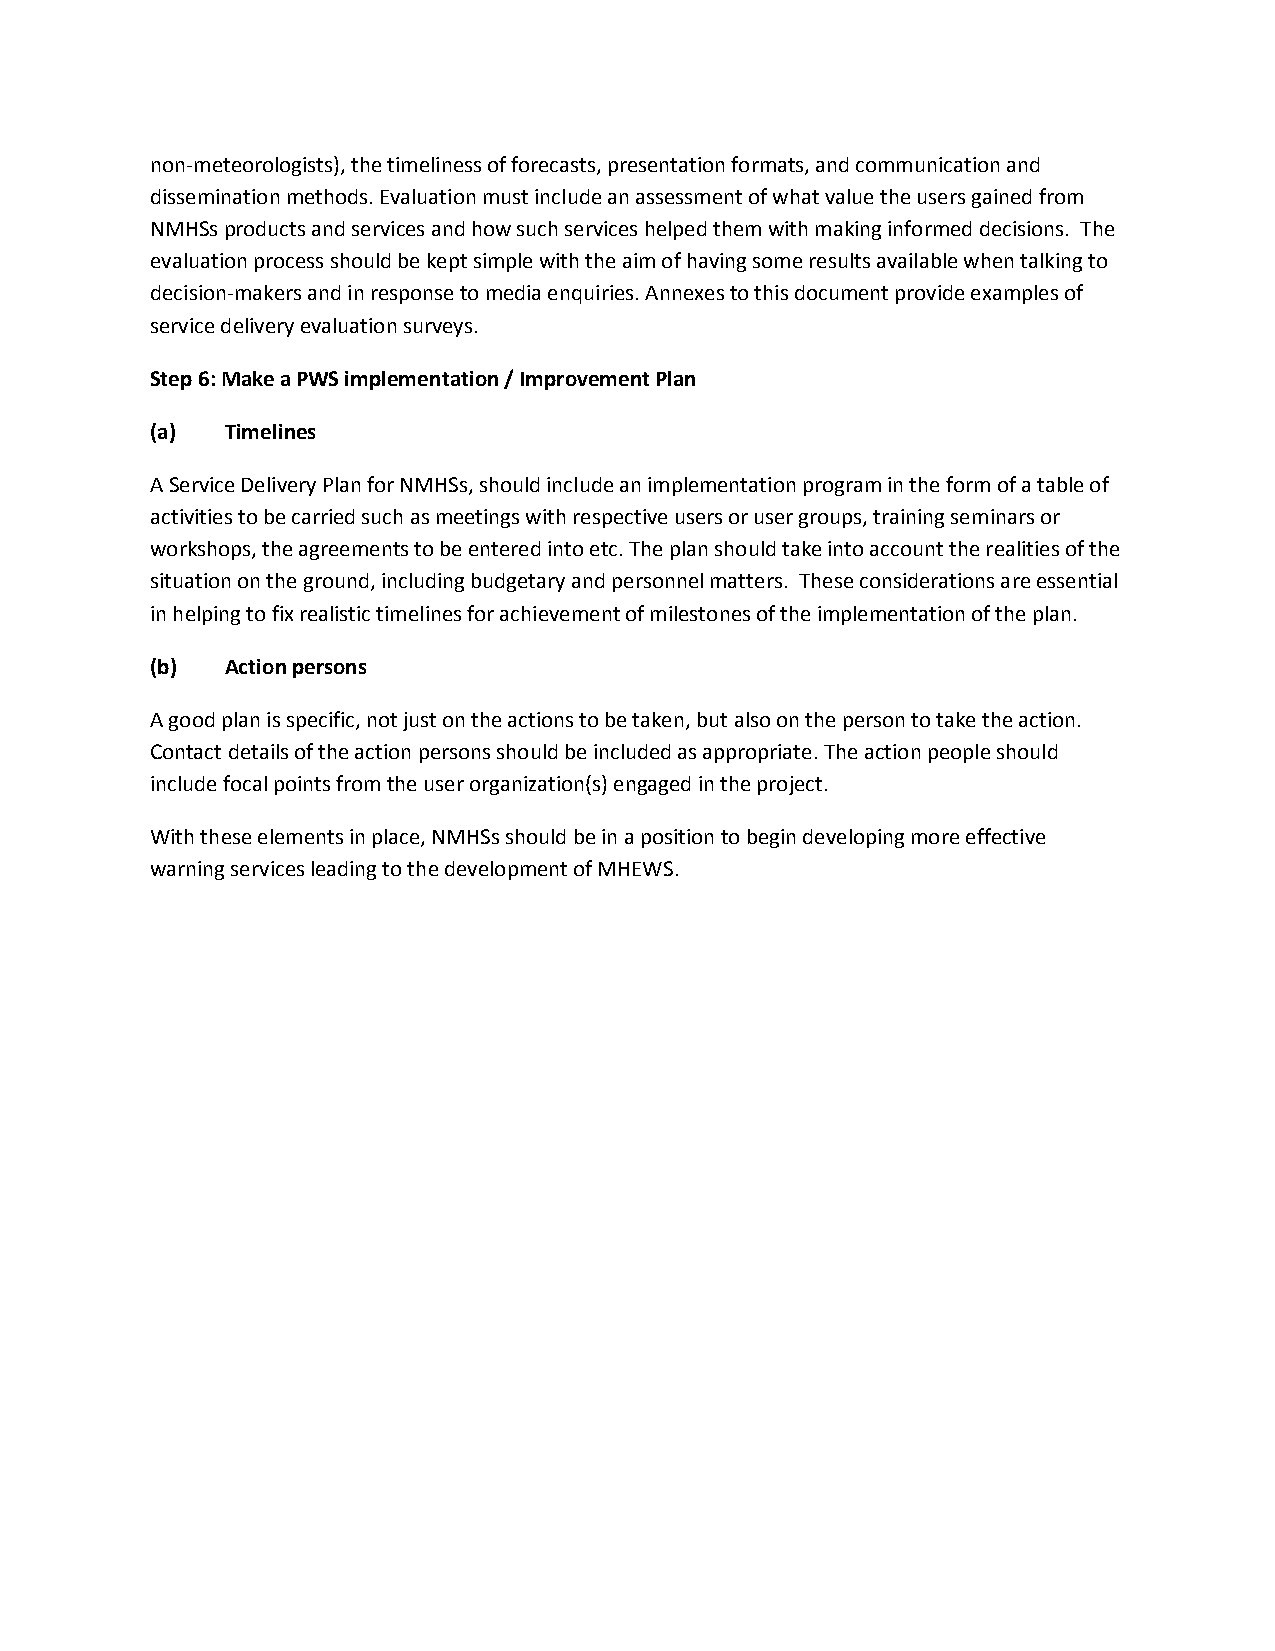
non-meteorologists), the timeliness of forecasts, presentation formats, and communication and
 dissemination methods. Evaluation must include an assessment of what value the users gained from
 NMHSs products and services and how such services helped them with making informed decisions. The
 evaluation process should be kept simple with the aim of having some results available when talking to
 decision-makers and in response to media enquiries. Annexes to this document provide examples of
 service delivery evaluation surveys.
 Step 6: Make a PWS implementation / Improvement Plan
 (a)  Timelines
 A Service Delivery Plan for NMHSs, should include an implementation program in the form of a table of
 activities to be carried such as meetings with respective users or user groups, training seminars or
 workshops, the agreements to be entered into etc. The plan should take into account the realities of the
 situation on the ground, including budgetary and personnel matters. These considerations are essential
 in helping to fix realistic timelines for achievement of milestones of the implementation of the plan.
 (b)  Action persons
 A good plan is specific, not just on the actions to be taken, but also on the person to take the action.
 Contact details of the action persons should be included as appropriate. The action people should
 include focal points from the user organization(s) engaged in the project.
 With these elements in place, NMHSs should be in a position to begin developing more effective
 warning services leading to the development of MHEWS.